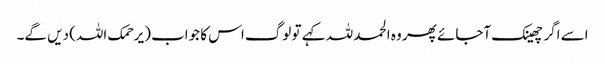
اسے اگر چھینک آجائے پھر وہ الحمد للہ کہے تو لوگ اس کا جواب (یرحمک اللہ) دیں گے۔